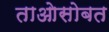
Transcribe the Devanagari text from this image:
ताओसोबत